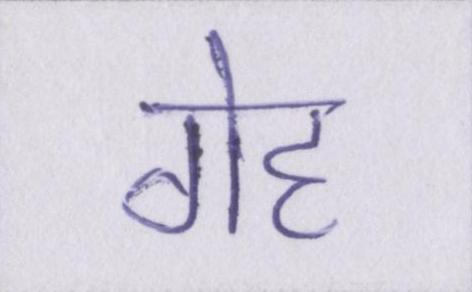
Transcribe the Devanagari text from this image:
गेह